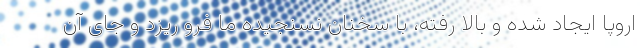
اروپا ایجاد شده و بالا رفته، با سخنان نسنجیده ما فرو ریزد و جای آن